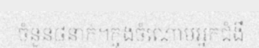
ចំនួន៨នាក់។ក្នុងចំណោមអ្នកជំងឺ